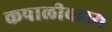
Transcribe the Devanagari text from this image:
कपालीवलय